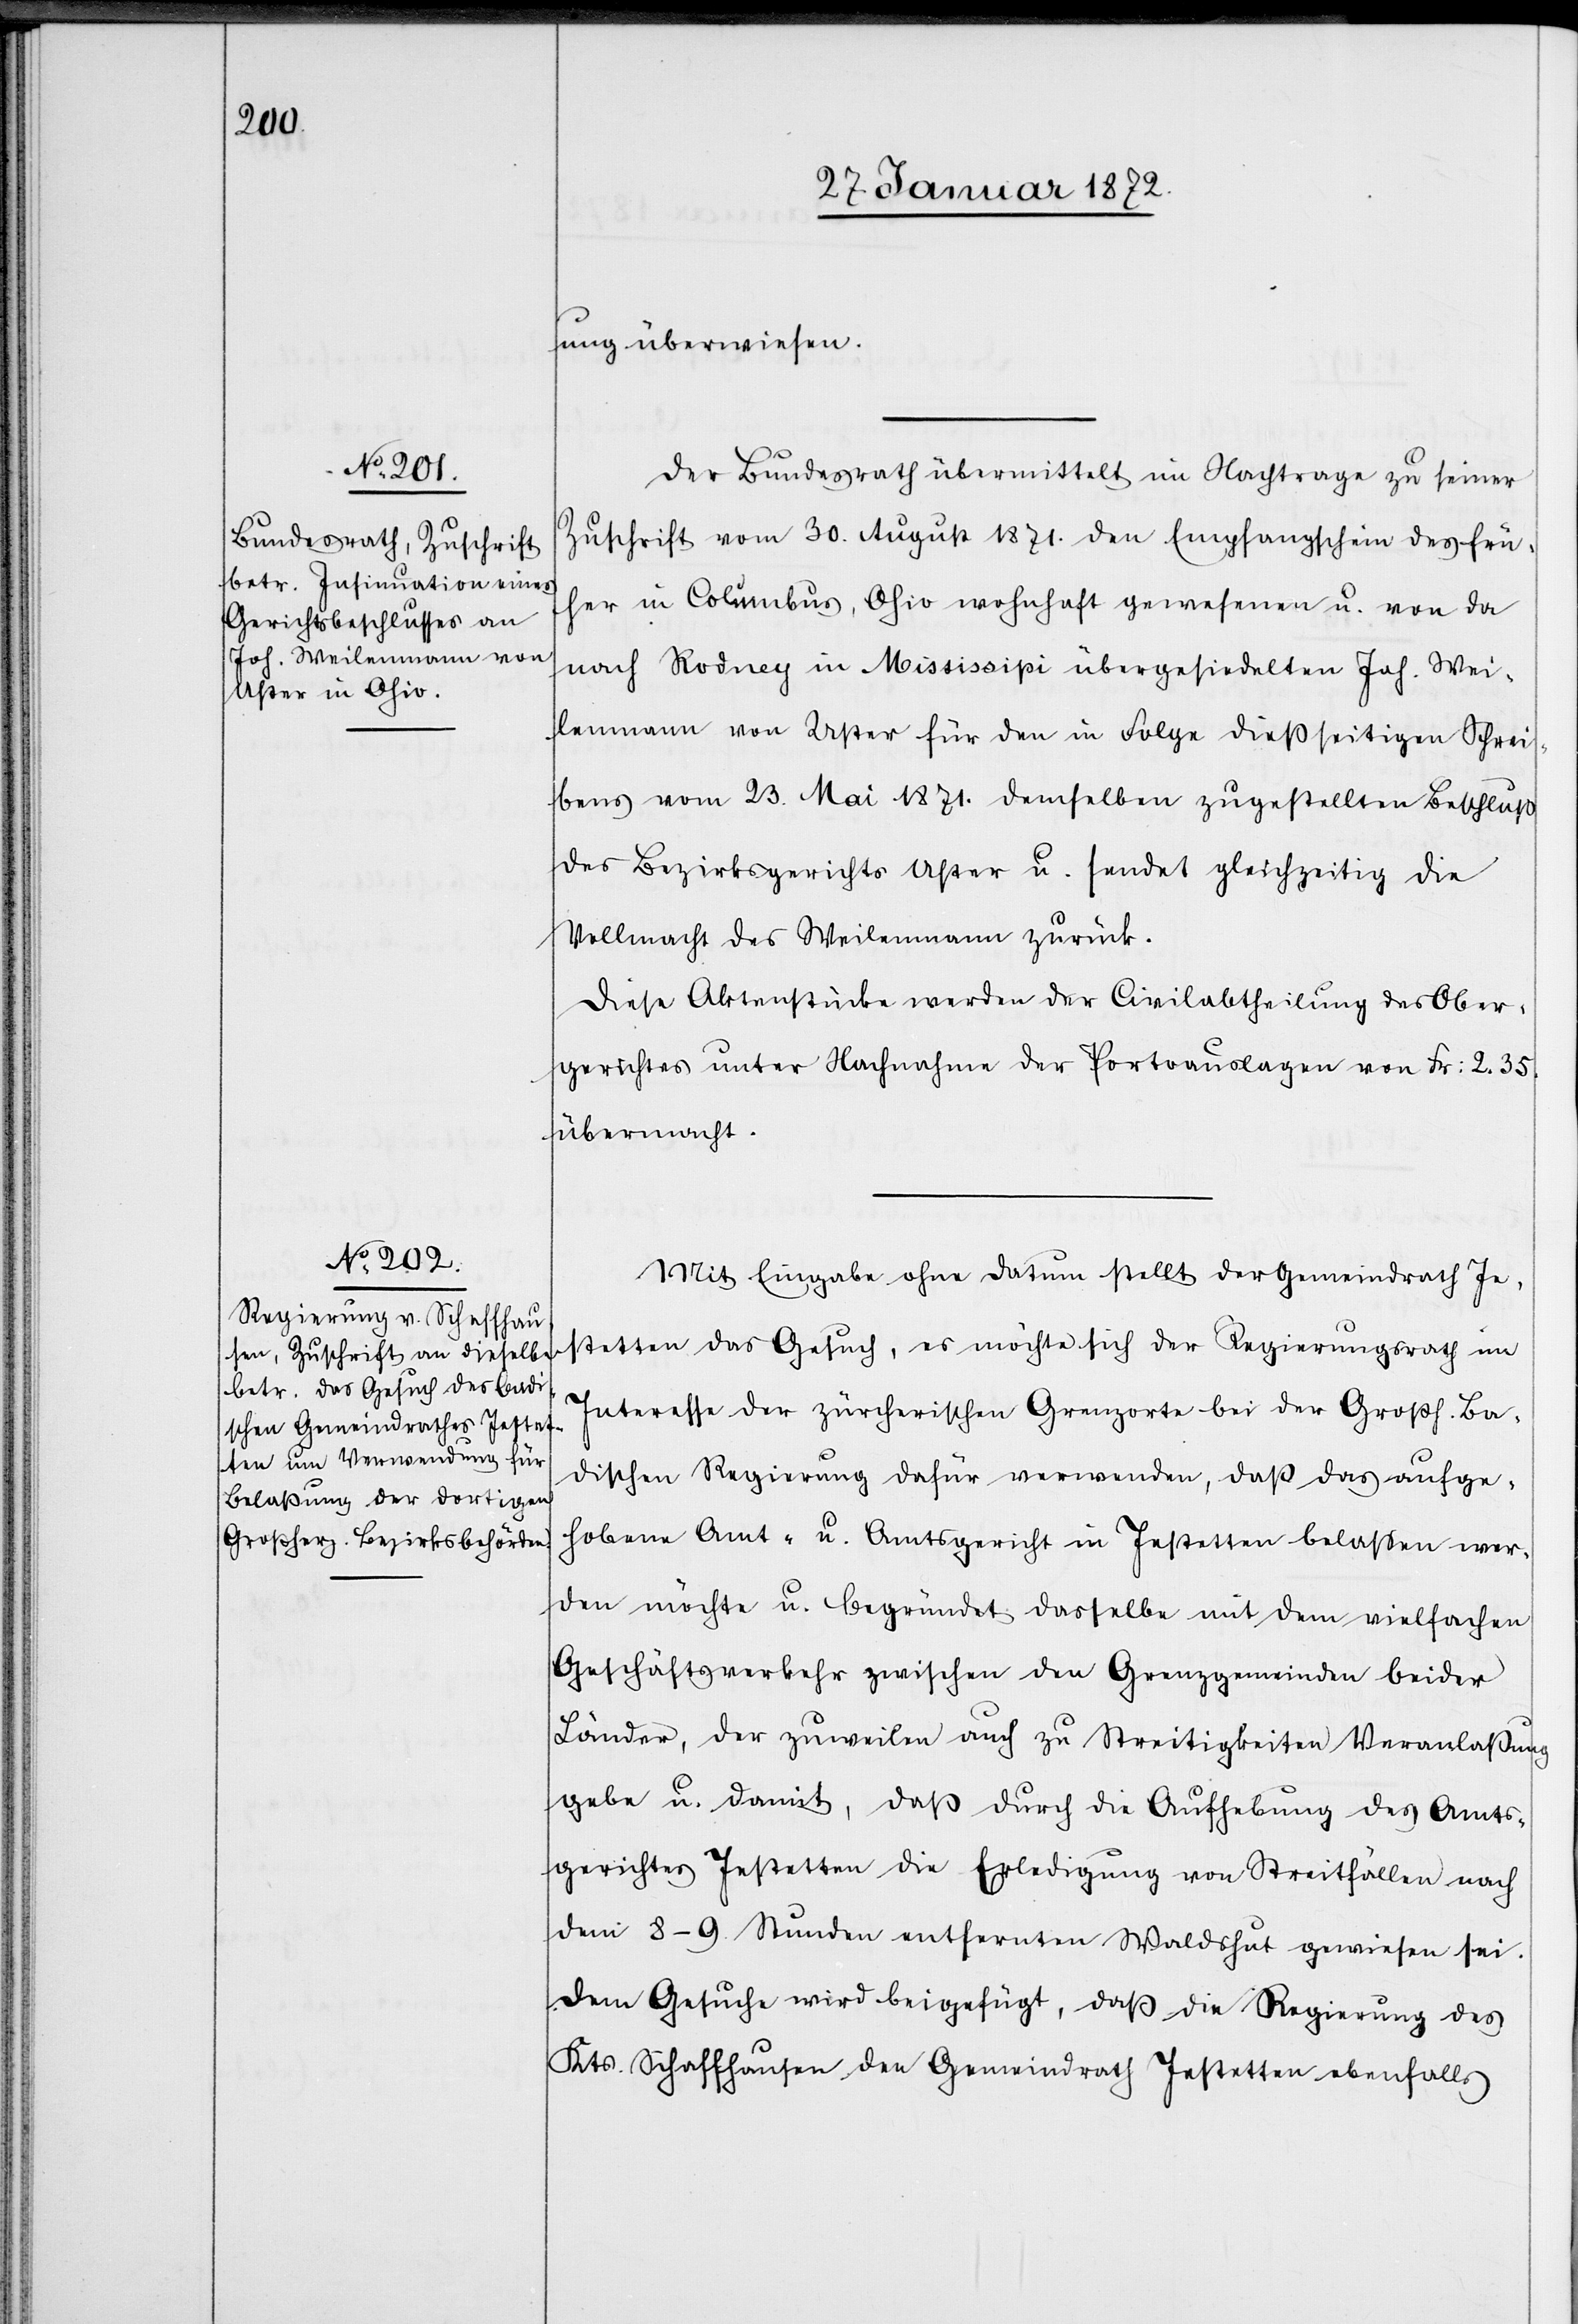
30. Januar 1872.]
ung überwiesen.
Der Bundesrath übermittelt im Nachtrage zu seiner
Zuschrift vom 20. August 1871. den Empfangschein des frü¬
her in Columbus, Ohio wohnhaft gewesenen u. von da
nach Rodney in Mississipi übergesiedelten Joh. Wei¬
lenmann von Uster für den in Folge dießseitigen Schrei¬
bens vom 23. Mai 1871. demselben zugestellten Beschluß
des Bezirksgerichtes Uster u. sendet gleichzeitig die
Vollmacht des Weilenmann zurück.
Diese Aktenstücke werden der Civilabtheilung des Ober¬
gerichtes unter Nachnahme der Portoauslagen von Fr. 2.35.
übermacht.
Mit Eingabe ohne Datum stellt der Gemeindrath In¬
stetten das Gesuch, es möchte sich der Regierungsrath im
Interesse der zürcherischen Grenzorte bei der Großh. Ba¬
dischen Regierung dafür verwenden, daß das aufge¬
hobene Amt- u. Amtsgericht in Instetten belassen wer¬
den möchte u. begründet dasselbe mit dem vielfachen
Geschäftsverkehr zwischen den Grenzgemeinden beider
Länder, der zuweilen auch zu Streitigkeiten Veranlaßung
gebe u. damit, daß durch die Aufhebung des Amts¬
gerichtes Instetten die Erledigung von Streitfällen nach
dem 8–9. Stunden entfernten Waldshut gewiesen sei.
Dem Gesuche wird beigefügt, daß die Regierung des
Kts. Schaffhausen den Gemeindrath Instetten ebenfalls